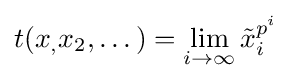
t(x_{,}x_{2},\dotsc )=\lim _{i\to \infty }{\tilde {x}}_{i}^{p^{i}}